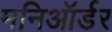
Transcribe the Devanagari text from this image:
मनिऑर्डर